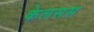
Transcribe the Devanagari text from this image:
केलसस